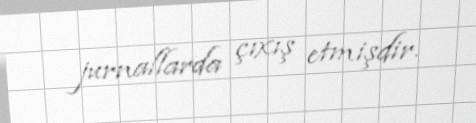
jurnallarda çıxış etmişdir.